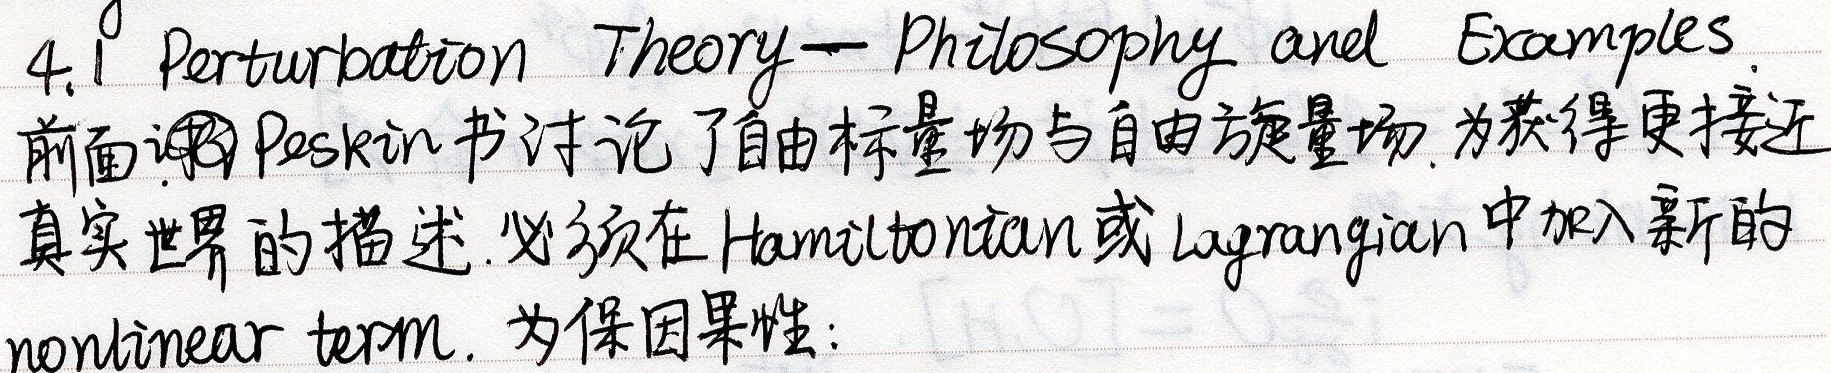
4.1 Perturbation Theory - Philosophy and Examples.

前面讲 Peskin 书讨论了自由标量场与自由旋量场。为获得更接近真实世界的描述，必须在 Hamiltonian 或 Lagrangian 中加入新的 nonlinear term。为保因果性：